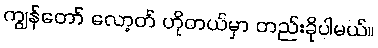
ကျွန်တော် လော့တ် ဟိုတယ်မှာ တည်းခိုပါမယ်။